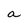
Character: a